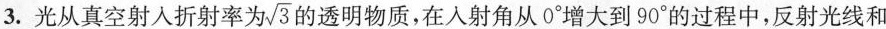
3.光从真空射入折射率为\sqrt{3}的透明物质，在入射角从0^{\circ}增大到90^{\circ}的过程中，反射光线和